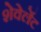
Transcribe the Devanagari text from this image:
शेवेर्लेट